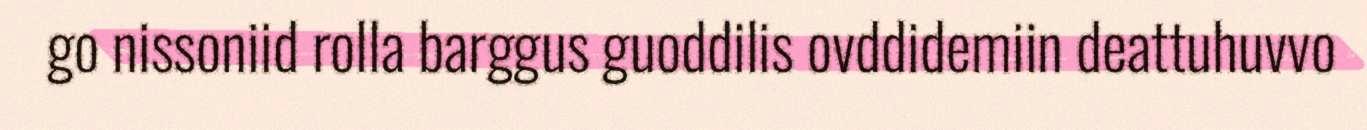
go nissoniid rolla barggus guoddilis ovddidemiin deattuhuvvo